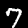
Label: 7